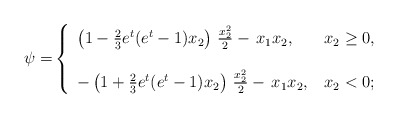
\begin{align*}\psi =& \left\{\begin{array}{ll}\left(1-\frac23e^t(e^t-1)x_2\right)\,\frac{x_2^2}{2} - \,x_1 x_2, &\,x_2 \ge 0, \\ \\-\left(1+\frac23e^t(e^t-1)x_2\right)\,\frac{x_2^2}{2} - \,x_1 x_2, &\,x_2 < 0;\end{array}\right.\end{align*}